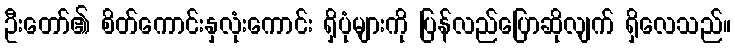
ဦးတော်၏ စိတ်ကောင်းနှလုံးကောင်း ရှိပုံများကို ပြန်လည်ပြောဆိုလျက် ရှိလေသည်။